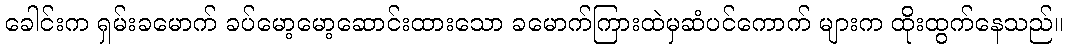
ခေါင်းက ရှမ်းခမောက် ခပ်မော့မော့ဆောင်းထားသော ခမောက်ကြားထဲမှဆံပင်ကောက် များက ထိုးထွက်နေသည်။